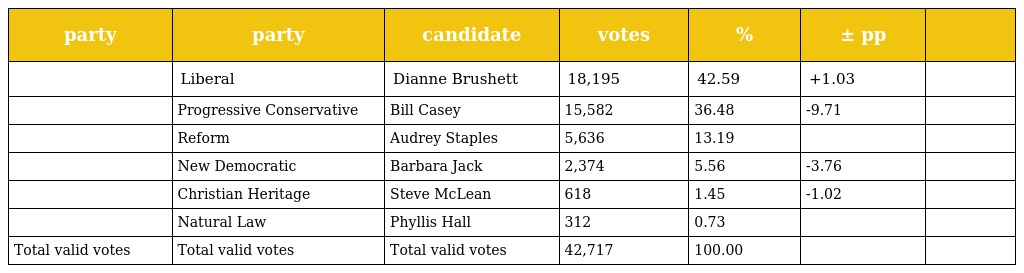
| party | party | candidate | votes | % | ± pp |  |
 | --- | --- | --- | --- | --- | --- | --- |
 |  | Liberal | Dianne Brushett | 18,195 | 42.59 | +1.03 |  |
 |  | Progressive Conservative | Bill Casey | 15,582 | 36.48 | -9.71 |  |
 |  | Reform | Audrey Staples | 5,636 | 13.19 |  |  |
 |  | New Democratic | Barbara Jack | 2,374 | 5.56 | -3.76 |  |
 |  | Christian Heritage | Steve McLean | 618 | 1.45 | -1.02 |  |
 |  | Natural Law | Phyllis Hall | 312 | 0.73 |  |  |
 | Total valid votes | Total valid votes | Total valid votes | 42,717 | 100.00 |  |  |